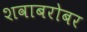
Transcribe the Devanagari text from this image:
शवाबरोबर